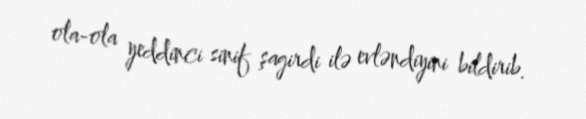
ola-ola yeddinci sinif şagirdi ilə evləndiyini bildirib.